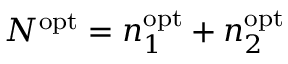
N ^ { \mathrm { o p t } } = n _ { 1 } ^ { \mathrm { o p t } } + n _ { 2 } ^ { \mathrm { o p t } }